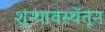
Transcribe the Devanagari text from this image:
शून्यावस्थेंतून